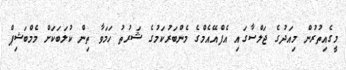
މީގެއިތުރުން މިއަދުގެ ޖަލްސާގައި އެފްއޭއެމްގެ މެންބަރުކަމުގެ ޝަރުތު ހަމަވާ ތިން ކުލަބަކަށް މެމްބަޝިޕް